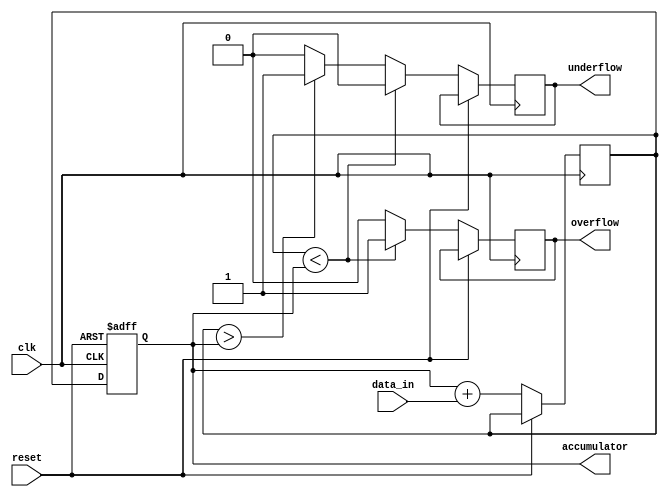
module FixedPointAccumulator (
  input wire [15:0] data_in,
  input wire clk,
  input wire reset,
  output reg [15:0] accumulator,
  output wire overflow,
  output wire underflow
);

reg [15:0] temp;

always @(posedge clk or posedge reset) begin
  if (reset) begin
    accumulator <= 16'd0;
  end else begin
    temp <= accumulator + data_in;
    if (temp < accumulator) begin
      overflow <= 1;
      underflow <= 0;
    end else if (temp > accumulator) begin
      overflow <= 0;
      underflow <= 1;
    end else begin
      overflow <= 0;
      underflow <= 0;
    end
    accumulator <= temp;
  end
end

endmodule